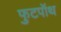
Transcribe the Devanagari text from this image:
फुटपॉथ